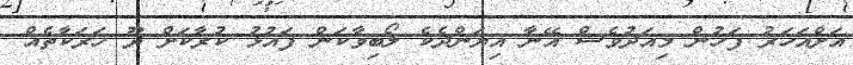
އަށްއަހަރު ފަހުން މިއަދުވެސް އޭނާ އިޔަންދެކެ ލޯބިވާކަން ފައުޅު ކުރާކަށް ދޫ ހަރަކާތެއް